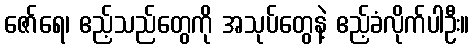
ဇော်ရေ၊ ဧည့်သည်တွေကို အသုပ်တွေနဲ့ ဧည့်ခံလိုက်ပါဦး။